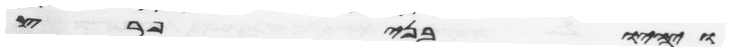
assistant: ויהיו בני פרץ